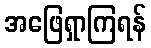
အဖြေရှာကြရန်